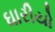
ઘારીયો